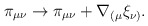
\begin{align*} \pi_{\mu\nu} \rightarrow \pi_{\mu\nu} + \nabla_{(\mu}\xi_{\nu)}.\end{align*}